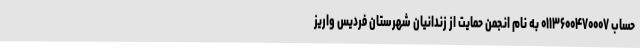
حساب ۰۱۱۳۶۰۰۴۷۰۰۰۷ به نام انجمن حمایت از زندانیان شهرستان فردیس واریز